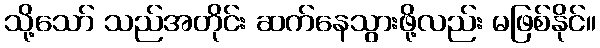
သို့သော် သည်အတိုင်း ဆက်နေသွားဖို့လည်း မဖြစ်နိုင်။